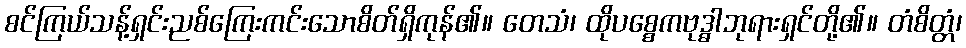
စင်ကြယ်သန့်ရှင်းညစ်ကြေးကင်းသောစိတ်ရှိကုန်၏။ တေသံ၊ ထိုပစ္စေကဗုဒ္ဓါဘုရားရှင်တို့၏။ တံစိတ္တံ၊